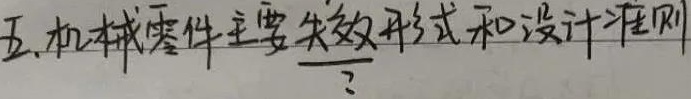
五、机械零件主要失效形式和设计准则 ？